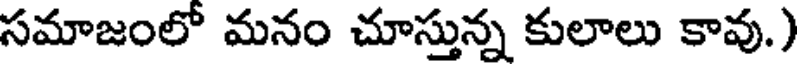
సమాజంలో మనం చూస్తున్న కులాలు కావు.)